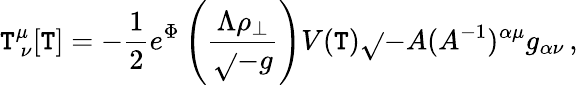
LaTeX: \mathtt{T}_{\ \nu}^{\mu}[\mathtt{T}]=-{\frac{{1}}{{2}}}e^{\Phi}\left({\frac{{\Lambda\rho_{\perp}}}{{\sqrt{}{{-g}}}}}\right)V(\mathtt{T})\sqrt{}{{-A}}(A^{-1})^{\alpha\mu}g_{\alpha\nu}\, ,